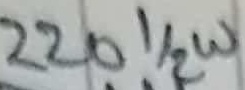
Text: 220 1/2W